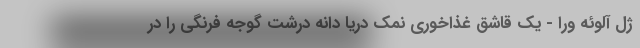
ژل آلوئه ورا - یک قاشق غذاخوری نمک دریا دانه درشت گوجه فرنگی را در